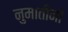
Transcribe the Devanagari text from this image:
नुमातीनो